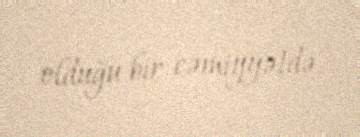
olduğu bir cəmiyyətdə.